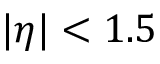
| \eta | < 1 . 5